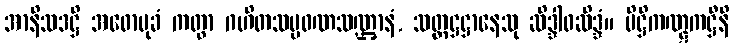
အာနိသဒဋ္ဌိ အဓောမုခံ ကတွာ ဂဟိတသပ္ပဖဏသဏ္ဌာနံ, သတ္တဋ္ဌဋ္ဌာနေသု ဆိဒ္ဒါဝဆိဒ္ဒံ။ ပိဋ္ဌိကဏ္ဋကဋ္ဌီနိ